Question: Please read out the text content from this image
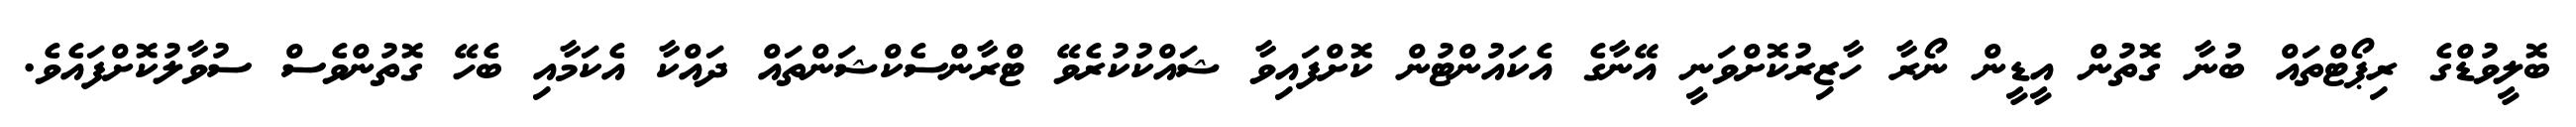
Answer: ބޮލީވުޑްގެ ރިޕޯޓްތައް ބުނާ ގޮތުން އީޑީން ނޯރާ ހާޒިރުކޮށްވަނީ އޭނާގެ އެކައުންޓުން ކޮށްފައިވާ ޝައްކުކުރެވޭ ޓްރާންސެކްޝަންތައް ދައްކާ އެކަމާއި ބެހޭ ގޮތުންވެސް ސުވާލުކޮށްފައެވެ.